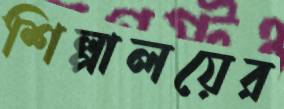
শিল্পালয়ের